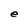
Character: e